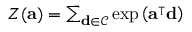
\begin{array} { r } { Z ( \mathbf { a } ) = \sum _ { \mathbf { d } \in \mathcal { C } } \exp \left( \mathbf { a } ^ { \intercal } \mathbf { d } \right) } \end{array}